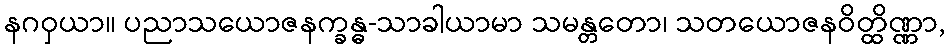
နဂဝှယာ။ ပညာသယောဇနက္ခန္ဓ-သာခါယာမာ သမန္တတော၊ သတယောဇနဝိတ္ထိဏ္ဏာ,